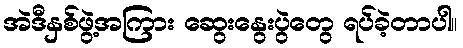
အဲဒီနှစ်ဖွဲ့အကြား ဆွေးနွေးပွဲတွေ ရပ်ခဲ့တာပါ။